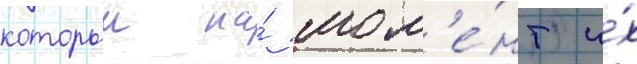
которыи на́ мом'е́нт и́х